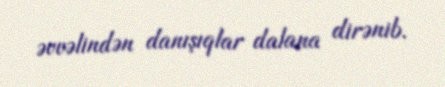
əvvəlindən danışıqlar dalana dirənib.